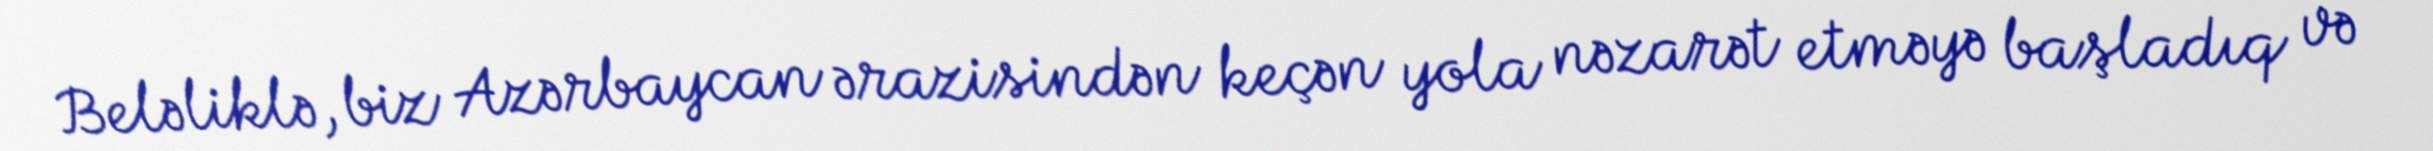
Beləliklə, biz Azərbaycan ərazisindən keçən yola nəzarət etməyə başladıq və